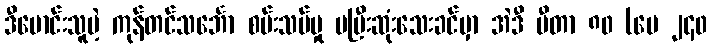
ဒီမောင်းသူမဲ့ ကုန်တင်သင်္ဘော စမ်းသပ်မှု မပြီးဆုံးသေးခင်မှာ အဲဒီ မီတာ ၈၀ (ပေ ၂၄၀